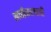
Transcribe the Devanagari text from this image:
खच्चीकरणाची